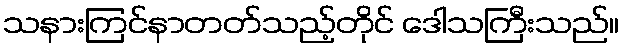
သနားကြင်နာတတ်သည့်တိုင် ဒေါသကြီးသည်။